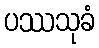
ပဿသုခံ